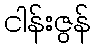
ငါန်းဇွန်